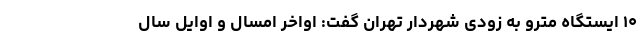
۱۰ ایستگاه مترو به زودی شهردار تهران گفت: اواخر امسال و اوایل سال